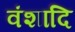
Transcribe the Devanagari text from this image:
वंशादि